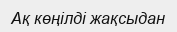
Ақ көңілді жақсыдан